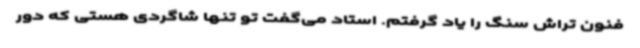
فنون تراش سنگ را یاد گرفتم. استاد می‌گفت تو تنها شاگردی هستی که دور